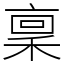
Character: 稟